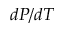
d P / d T